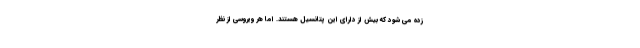
زده می شود که بیش از دارای این پتانسیل هستند. اما هر ویروسی از نظر